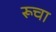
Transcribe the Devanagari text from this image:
रूचा